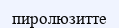
пиролюзитте